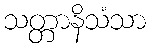
သတ္တာနိသံသာ